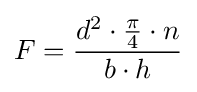
F={\frac {d^{2}\cdot {\frac {\pi }{4}}\cdot n}{b\cdot h}}